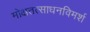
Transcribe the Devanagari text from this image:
मोक्षतत्साधनविमर्श